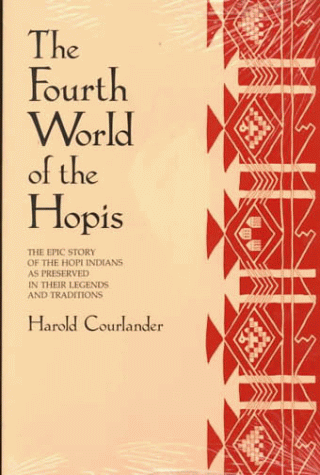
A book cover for The Fourth World of the Hopis: The Epic Story of the Hopi Indians as Preserved in Their Legends and Traditions; Harold Courlander; Literature & Fiction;